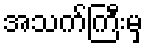
အသက်ကြီးမှ